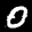
Label: 0